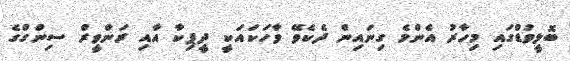
ބޮލީވުޑްގައި މިހާރު އެންމެ ގިނައިން ދެކެވޭ ވާހަކައަކީ ދީޕިކާ އާއި ރަންވީރް ސިންގްގެ